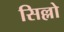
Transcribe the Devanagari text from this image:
सिल्लो